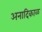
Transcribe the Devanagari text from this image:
अनादिकाळ